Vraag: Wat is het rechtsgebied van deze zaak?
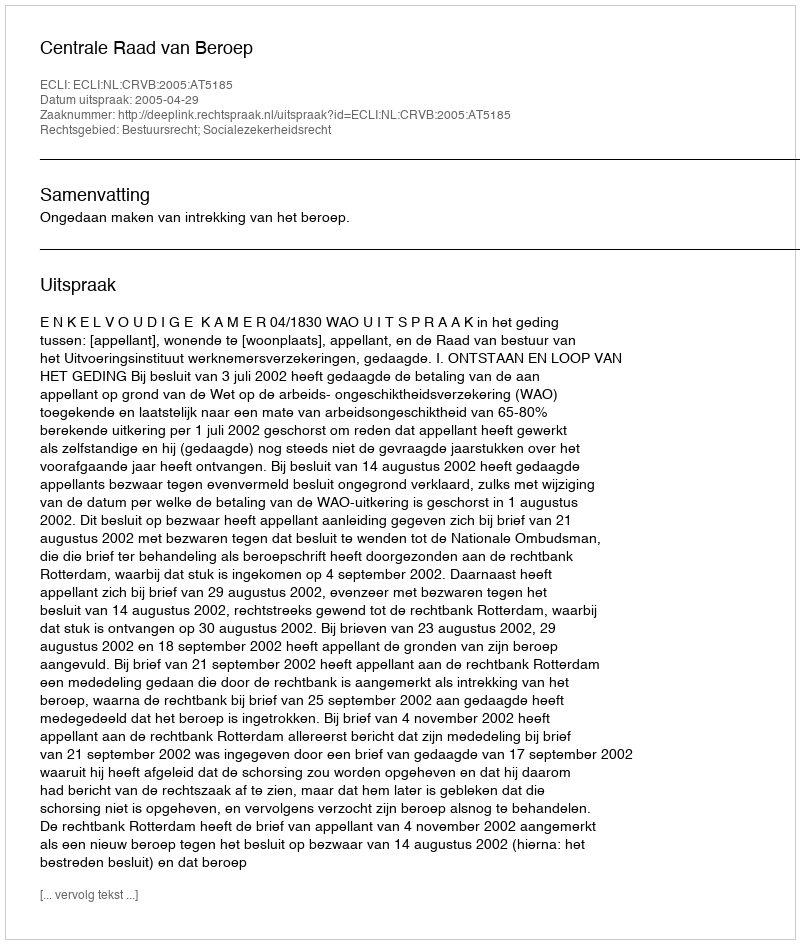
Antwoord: Bestuursrecht; Socialezekerheidsrecht